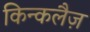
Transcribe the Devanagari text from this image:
किन्कलैज़